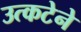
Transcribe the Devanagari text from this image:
उत्कटेने